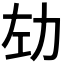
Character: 𫦦